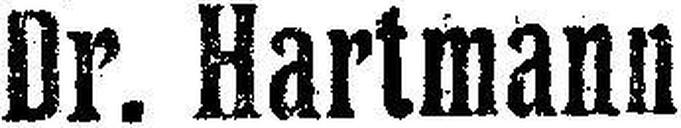
Dr. Hartmann